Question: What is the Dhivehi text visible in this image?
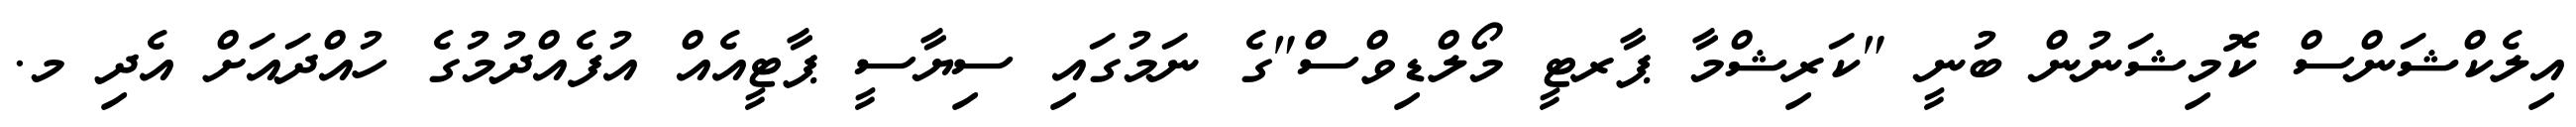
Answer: އިލެކްޝަންސް ކޮމިޝަނުން ބުނީ "ކަރިޝްމާ ޕާރޓީ މޯލްޑިވްސް"ގެ ނަމުގައި ސިޔާސީ ޕާޓީއެއް އުފެއްދުމުގެ ހުއްދައަށް އެދި މ.